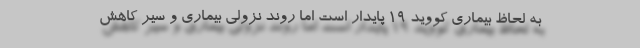
به لحاظ بیماری کووید ۱۹ پایدار است اما روند نزولی بیماری و سیر کاهش